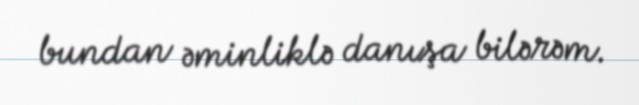
bundan əminliklə danışa bilərəm.